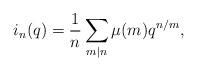
LaTeX: \begin{align*} i_n(q) = \frac{1}{n} \sum_{m|n} \mu(m) q^{n/m},\end{align*}